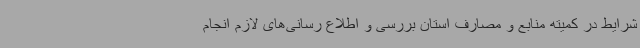
شرایط در کمیته منابع و مصارف استان بررسی و اطلاع رسانی‌های لازم انجام